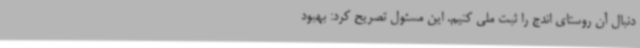
دنبال آن روستای اندج را ثبت ملی کنیم. این مسئول تصریح کرد: بهبود